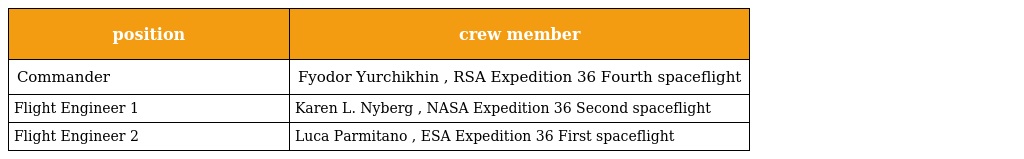
| position | crew member |
 | --- | --- |
 | Commander | Fyodor Yurchikhin , RSA Expedition 36 Fourth spaceflight |
 | Flight Engineer 1 | Karen L. Nyberg , NASA Expedition 36 Second spaceflight |
 | Flight Engineer 2 | Luca Parmitano , ESA Expedition 36 First spaceflight |